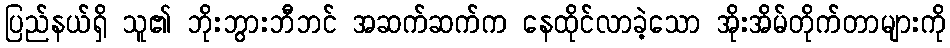
ပြည်နယ်ရှိ သူ၏ ဘိုးဘွားဘီဘင် အဆက်ဆက်က နေထိုင်လာခဲ့သော အိုးအိမ်တိုက်တာများကို